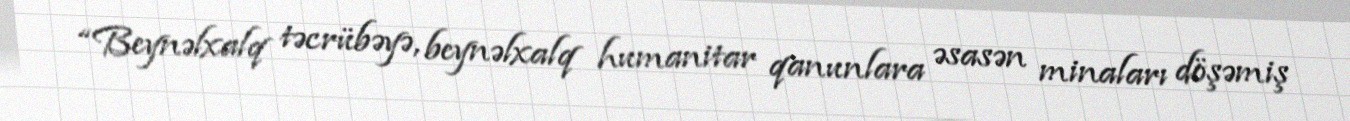
“Beynəlxalq təcrübəyə, beynəlxalq humanitar qanunlara əsasən minaları döşəmiş